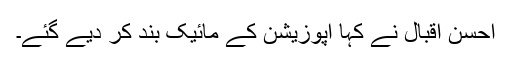
احسن اقبال نے کہا اپوزیشن کے مائیک بند کر دیے گئے۔